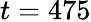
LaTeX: t=475